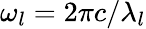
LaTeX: \omega_{l}=2\pi c/\lambda_{l}